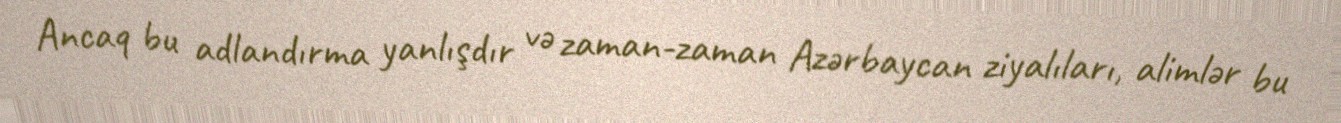
Ancaq bu adlandırma yanlışdır və zaman-zaman Azərbaycan ziyalıları, alimlər bu